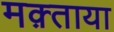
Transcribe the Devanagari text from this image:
मक़्ताया